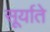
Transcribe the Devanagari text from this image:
सूर्याते